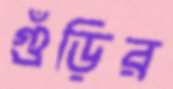
গুঁড়ির